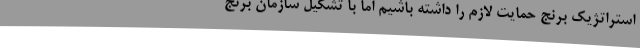
استراتژیک برنج حمایت لازم را داشته باشیم اما با تشکیل سازمان برنج